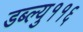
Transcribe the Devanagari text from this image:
डब्ल्यु११६